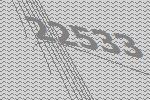
22533